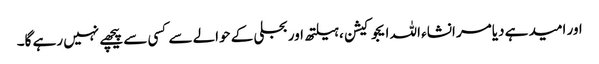
اور امید ہے دیامر انشاء اللہ ایجوکیشن ،ہیلتھ اور بجلی کے حوالے سے کسی سے پیچھے نہیں رہے گا۔